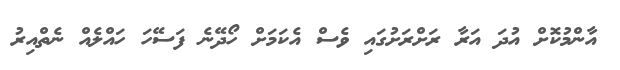
އާންމުކޮށް އުދަ އަރާ ރަށްރަށުގައި ވެސް އެކަމަށް ހޯދޭނެ ފަސޭހަ ހައްލެއް ނެތްއިރު